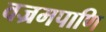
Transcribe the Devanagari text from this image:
वज्रमपाणि